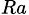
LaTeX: _{Ra}